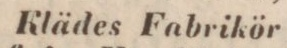
Klädes Fabrikör